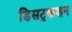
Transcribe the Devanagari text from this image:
डिसट्रकशन